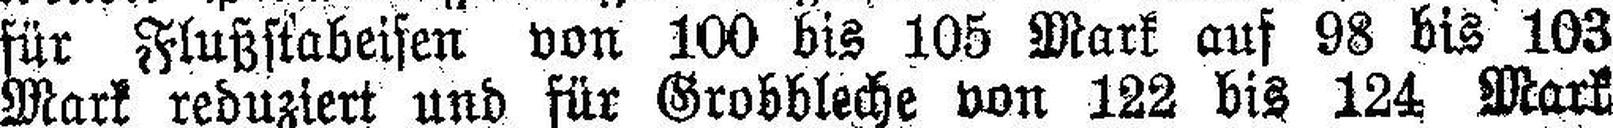
für Flußstabeisen von 100 bis 105 Mark auf 98 bis 103